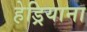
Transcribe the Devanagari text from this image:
हेड्रियाना